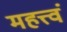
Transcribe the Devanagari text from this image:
महत्त्वं